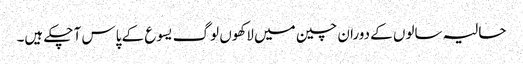
حالیہ سالوں کے دوران چین میں لاکھوں لوگ یسوع کے پاس آ چکے ہیں۔